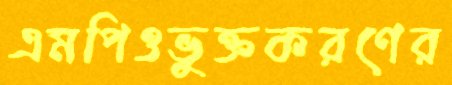
এমপিওভুক্তকরণের